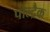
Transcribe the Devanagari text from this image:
पोल्द्रैक